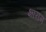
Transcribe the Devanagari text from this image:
क्षाराम